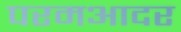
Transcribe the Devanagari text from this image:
परमआदर